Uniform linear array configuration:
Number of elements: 48
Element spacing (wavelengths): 0.5
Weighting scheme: uniform
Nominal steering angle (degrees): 30
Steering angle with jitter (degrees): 30.832
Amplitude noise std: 0.05
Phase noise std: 0.05

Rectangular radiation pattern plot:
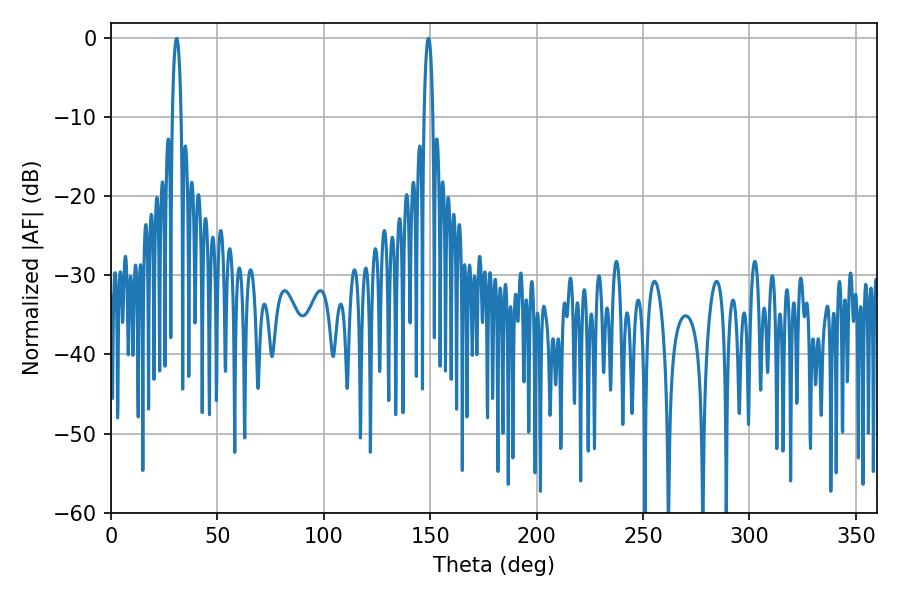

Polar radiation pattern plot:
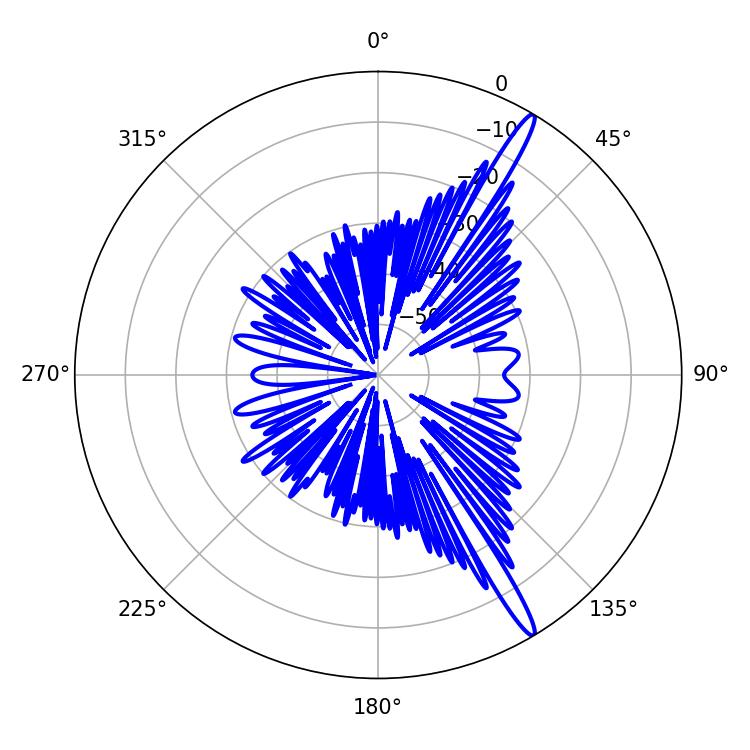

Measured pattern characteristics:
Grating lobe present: FALSE
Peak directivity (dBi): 16.064
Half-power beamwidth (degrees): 2.34
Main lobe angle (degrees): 30.78